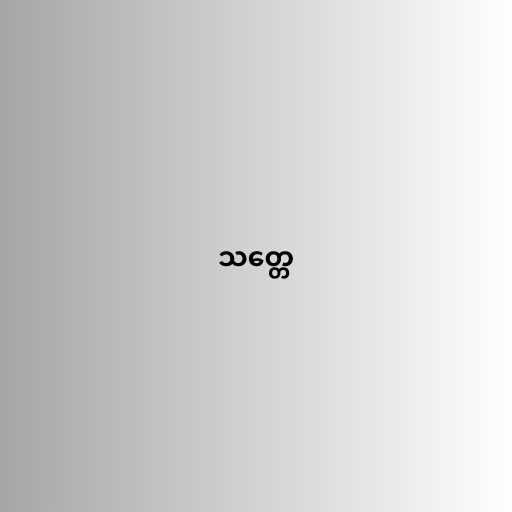
သတ္တေ